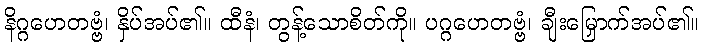
နိဂ္ဂဟေတဗ္ဗံ၊ နှိပ်အပ်၏။ ထီနံ၊ တွန့်သောစိတ်ကို။ ပဂ္ဂဟေတဗ္ဗံ၊ ချီးမြှောက်အပ်၏။